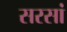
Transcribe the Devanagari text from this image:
सरसां